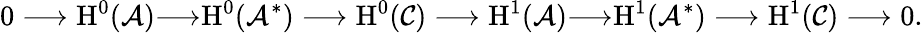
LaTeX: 0\longrightarrow\textnormal{H}^{0}(\mathcal{A}){\longrightarrow}\textnormal{H}^{0}(\mathcal{A}^{*})\longrightarrow\textnormal{H}^{0}(\mathcal{C})\longrightarrow\textnormal{H}^{1}(\mathcal{A}){\longrightarrow}\textnormal{H}^{1}(\mathcal{A}^{*})\longrightarrow\textnormal{H}^{1}(\mathcal{C})\longrightarrow 0.